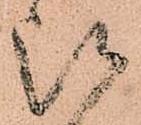
被